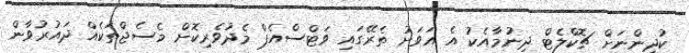
ކުދިންނަށް ޗޮކްލެޓް ދިނުމާއެކު އެ އަވަށު ތެރޭގައި ވަޓްސްއެޕް މެދުވެރިކޮށް މެސެޖްތަކެއް ދައުރުވާން